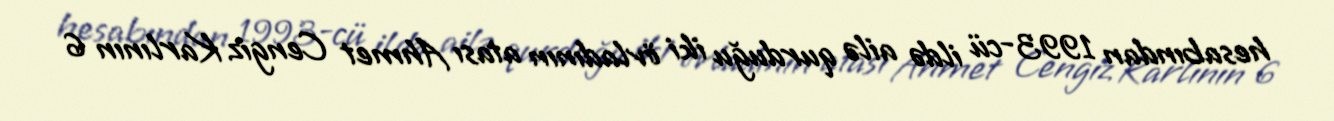
hesabından 1993-cü ildə ailə qurduğu iki övladının atası Ahmet Cengiz Karlının 6